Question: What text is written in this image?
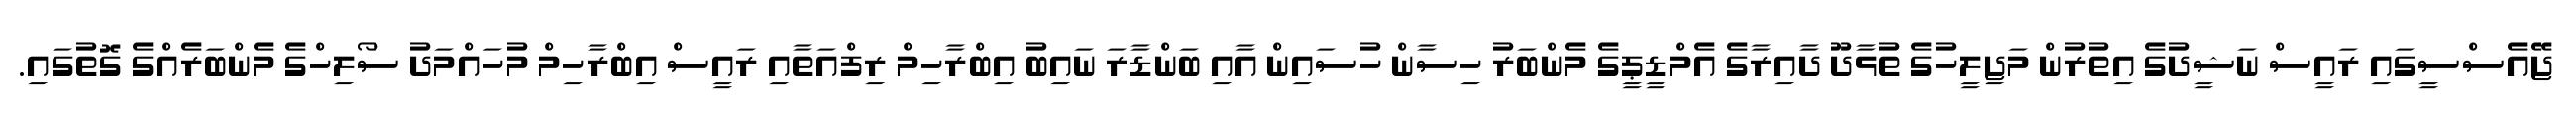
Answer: ޖޭއެސްސީގައި ރައީސް ނަޝީދުގެ އިތުރުން މަޖިލީހުގެ ތުޅާދޫ ދާއިރާގެ އެމްޑީޕީގެ މެންބަރު ހިސާން ހުސައިން އާއި ބަންޑާރަ ނައިބު އިބްރާހިމް ރިފްއަތާއި ރައީސް އިބްރާހިމް މުހައްމަދު ސޯލިހްގެ މެންބަރެއްގެ ގޮތުގައި.